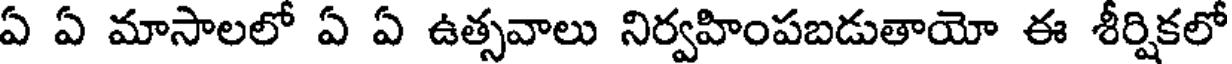
ఏ ఏ మాసాలలో ఏ ఏ ఉత్సవాలు నిర్వహింపబడుతాయో ఈ శీర్షికలో